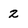
Character: 2